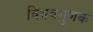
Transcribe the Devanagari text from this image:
विभवगुणक